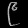
Digit: ၉